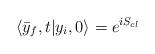
LaTeX: \begin{align*}\langle \bar{y}_f,t|y_i,0 \rangle = e^{i S_{cl}}\end{align*}